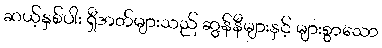
ဆယ့်နှစ်ပါး ရှီအတ်များသည် ဆွန်နီများနှင့် များစွာသော